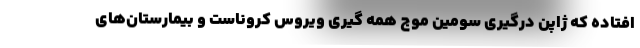
افتاده که ژاپن درگیری سومین موج همه گیری ویروس کروناست و بیمارستان‌های